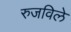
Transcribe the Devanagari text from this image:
रुजविले